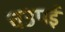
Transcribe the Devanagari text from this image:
चउपई